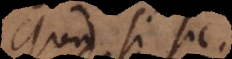
quod si sic